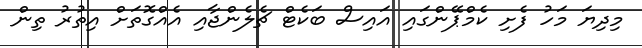
މިދިޔަ މަހު ފެށި ކެމްޕޭންގައި އައިސް ބަކެޓް ޗެލެންޖާއި އެއްގޮތަށް އިތުރު ތިން